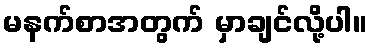
မနက်စာအတွက် မှာချင်လို့ပါ။